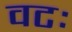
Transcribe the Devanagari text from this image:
वटः